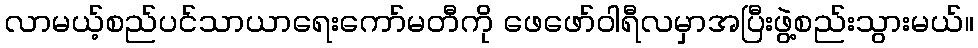
လာမယ့်စည်ပင်သာယာရေးကော်မတီကို ဖေဖော်ဝါရီလမှာအပြီးဖွဲ့စည်းသွားမယ်။